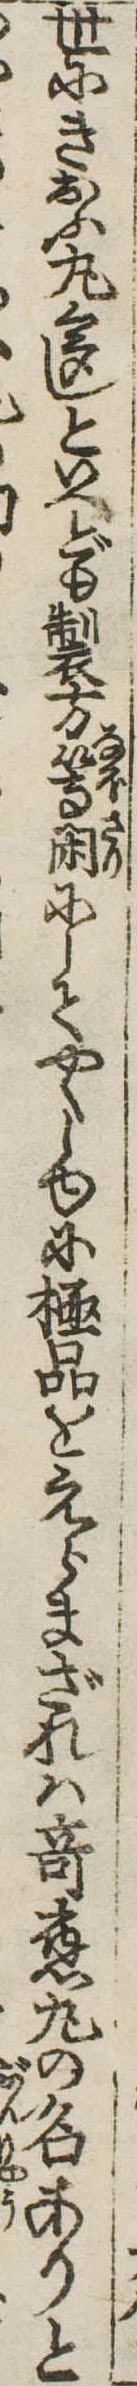
世にきおふ丸多しといへども製方等閑にしてやくしゆに極品をえらまざれは奇応丸の名ありと